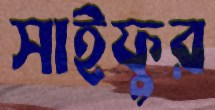
সাইফুর